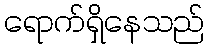
ရောက်ရှိနေသည်